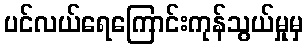
ပင်လယ်ရေကြောင်းကုန်သွယ်မှုမှ